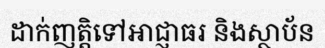
ដាក់ញត្តិទៅអាជ្ញាធរ និងស្ថាប័ន